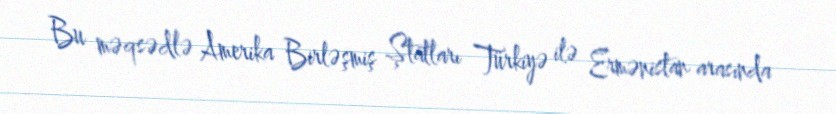
Bu məqsədlə Amerika Birləşmiş Ştatları Türkiyə ilə Ermənistan arasında